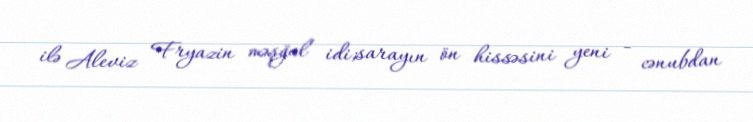
ilə Aleviz Fryazin məşğul idi;sarayın ön hissəsini yeni - cənubdan